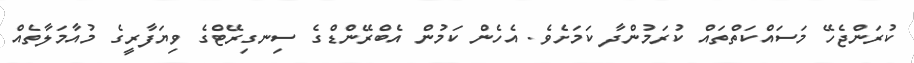
ކުރަންޖެހޭ މަސައްކަތްތައް ކުރަމުންދާ ކަމަށެވެ. އެހެން ކަމުން އެބްރޭންޑްގެ ސިނގިރޭޓްގެ ވިޔަފާރީގެ މުއާމަލާތެއް